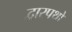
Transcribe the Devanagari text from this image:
द्वारपथों